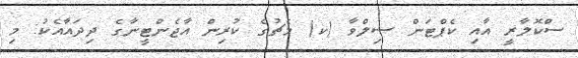
ސްކޮލާރީ އާއި ކެޕްޓަން ސިލްވާ (ކ) މެޗުގެ ކުރިން އާޖެންޓީނާގެ ދިދައާއެކު: މި